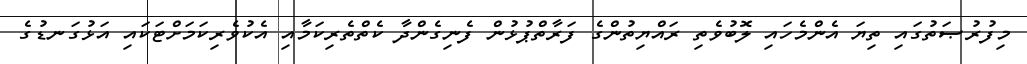
މިފުރުޞަތުގައި ތިޔަ އެންމެހައި ލޮބުވެތި ރައްޔިތުންގެ ފަރާތްޕުޅުން ފެނިގެންދާ ކެތްތެރިކަމާއި އެކުވެރިކަމަށްޓަކައި އަޅުގަނޑުގެ